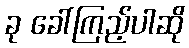
ခု ခေါ်ကြည့်ပါဆို